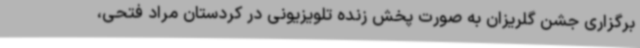
برگزاری جشن گلریزان به صورت پخش زنده تلویزیونی در کردستان مراد فتحی،